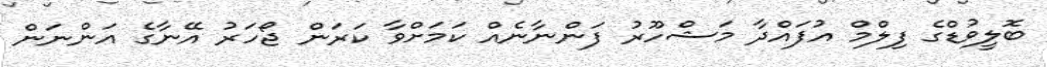
ބޮލީވުޑްގެ ފިލްމް އުފައްދާ މަޝްހޫރު ފަންނާނެއް ކަމަށްވާ ކަރަން ޖޯހަރު އޭނާގެ އަންނަން